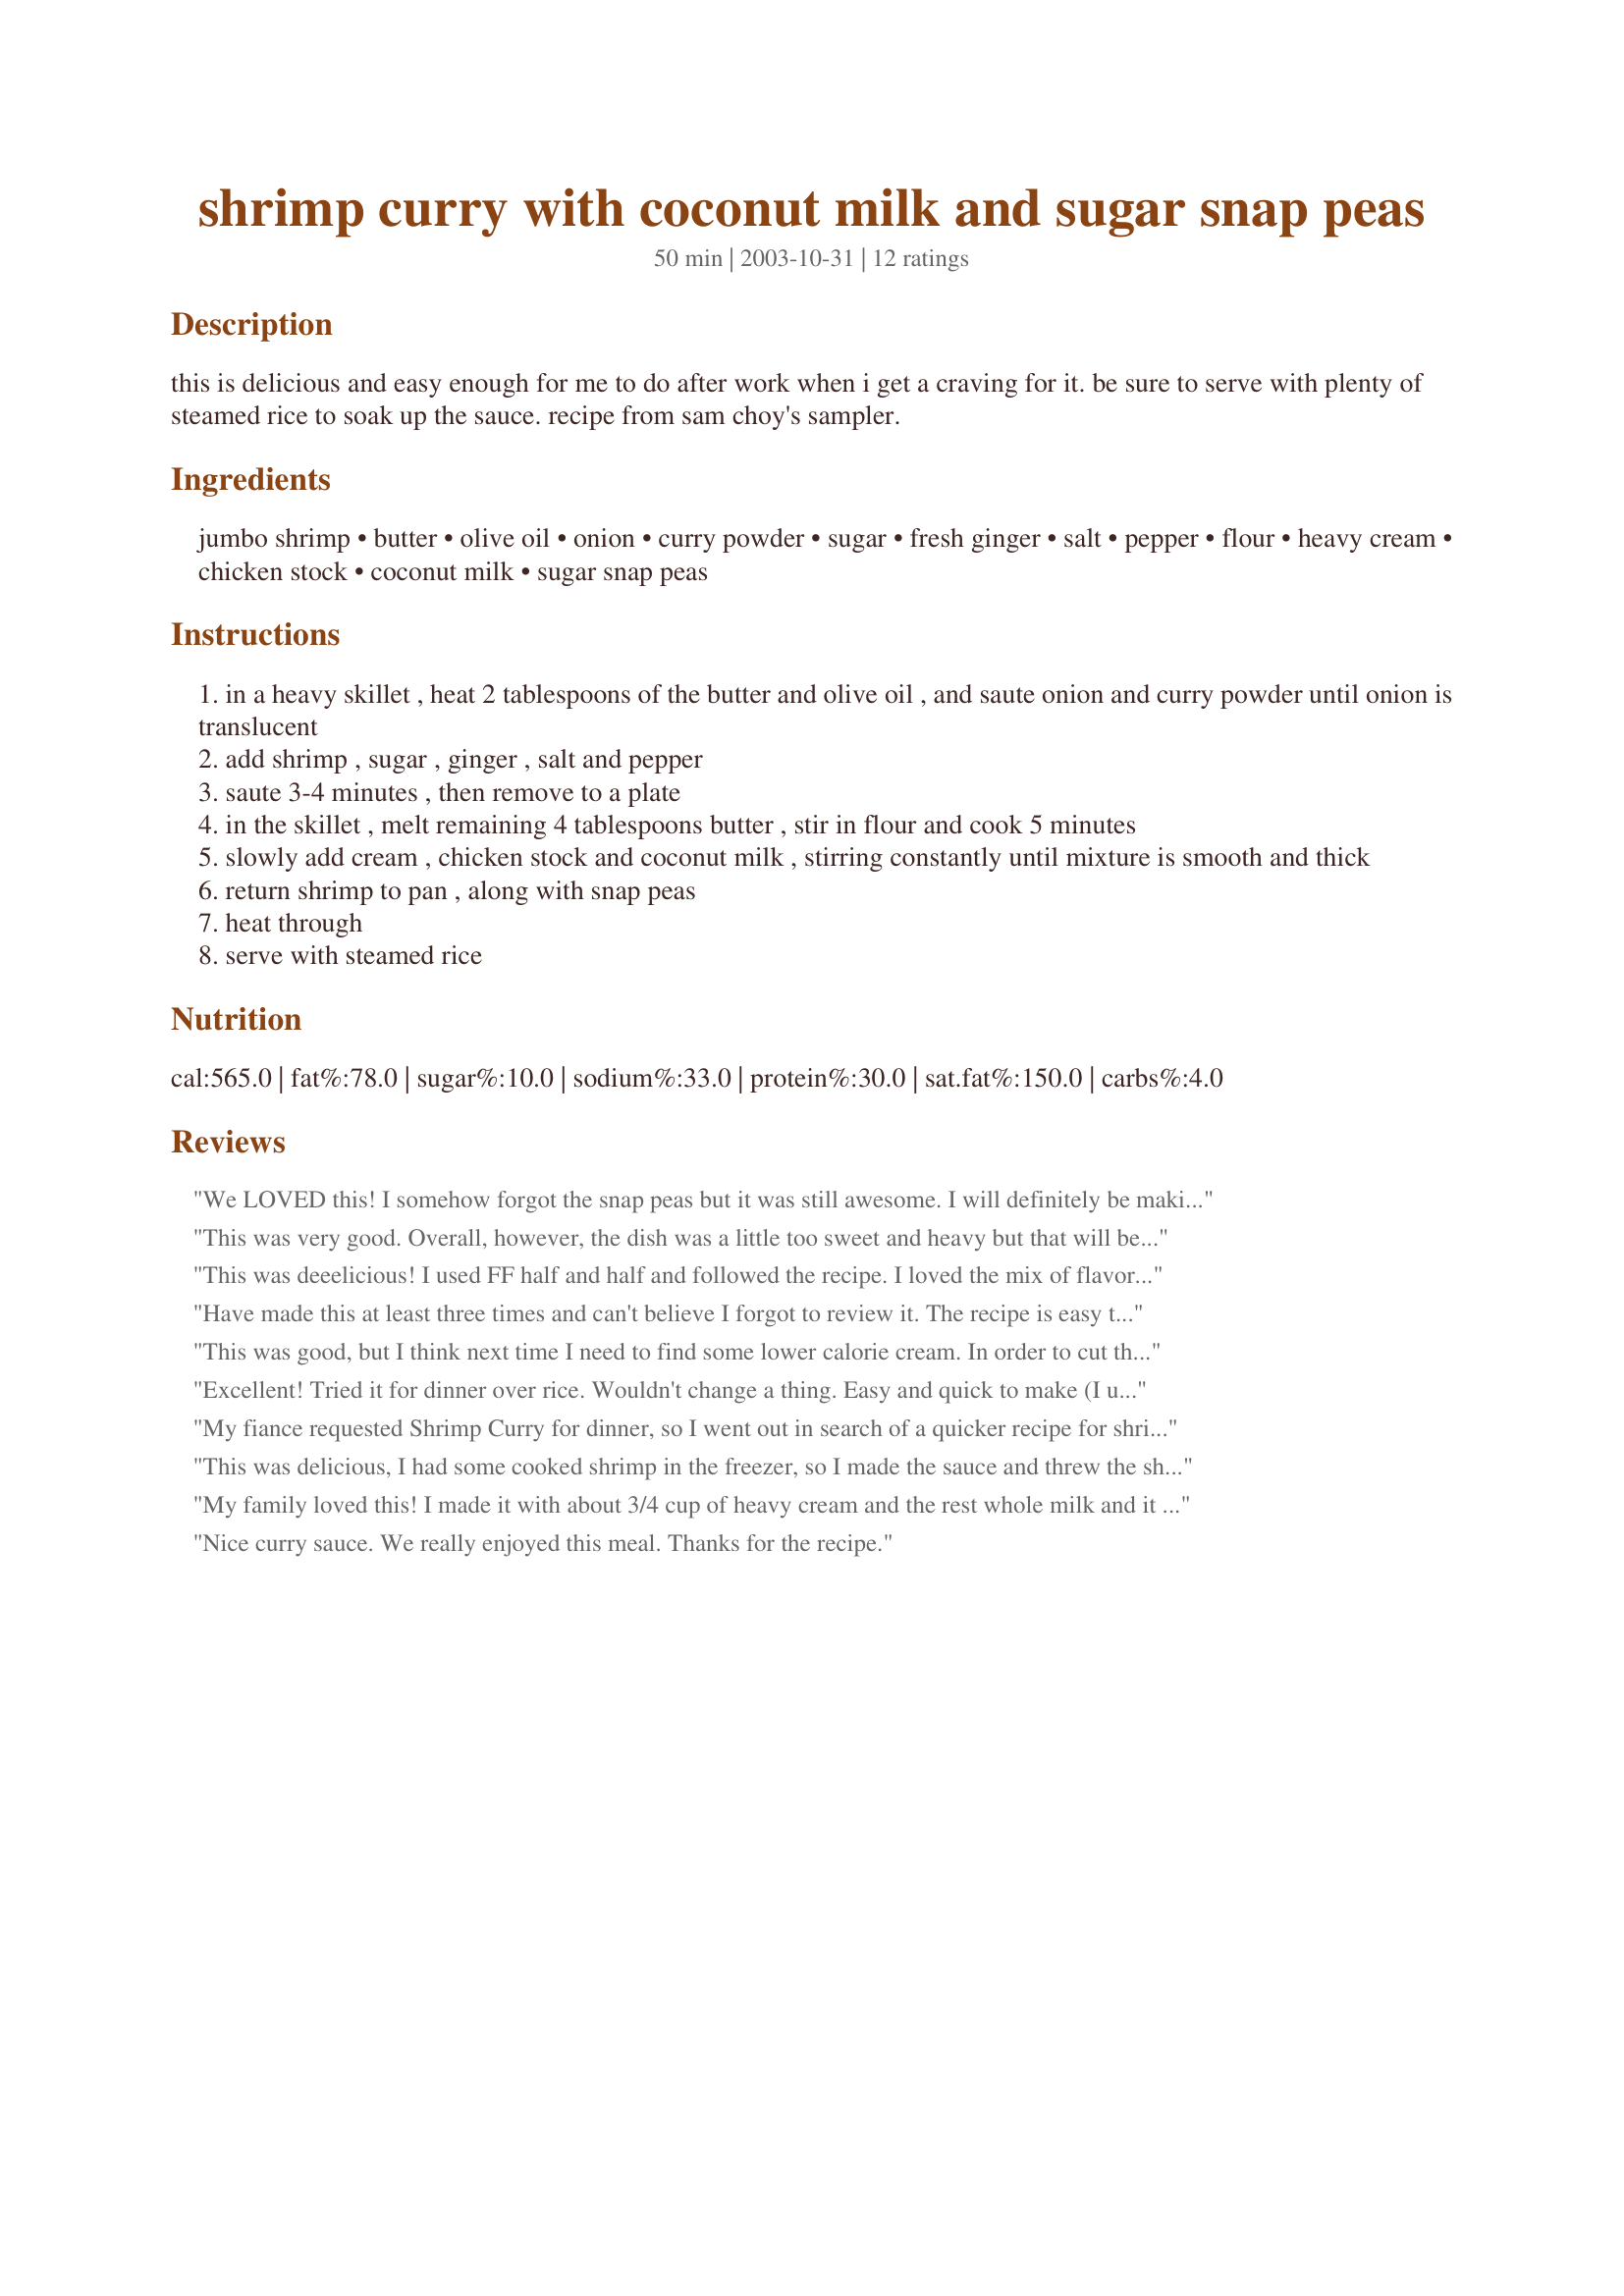
shrimp curry with coconut milk and sugar snap peas
Preparation time: 50 minutes

this is delicious and easy enough for me to do after work when i get a craving for it. be sure to serve with plenty of steamed rice to soak up the sauce. recipe from sam choy's sampler.

Ingredients:
jumbo shrimp, butter, olive oil, onion, curry powder, sugar, fresh ginger, salt, pepper, flour, heavy cream, chicken stock, coconut milk, sugar snap peas

Steps:
in a heavy skillet , heat 2 tablespoons of the butter and olive oil , and saute onion and curry powder until onion is translucent
add shrimp , sugar , ginger , salt and pepper
saute 3-4 minutes , then remove to a plate
in the skillet , melt remaining 4 tablespoons butter , stir in flour and cook 5 minutes
slowly add cream , chicken stock and coconut milk , stirring constantly until mixture is smooth and thick
return shrimp to pan , along with snap peas
heat through
serve with steamed rice

Reviews:
We LOVED this! I somehow forgot the snap peas but it was still awesome. I will definitely be making this again and again. Thanks for sharing this keeper!
This was very good. Overall, however, the dish was a little too sweet and heavy but that will be easy to remedy. Next time - and there will be a next time - I will cut back on the cream and use light coconut milk. Thanks for posting!
This was deeelicious! I used FF half and half and followed the recipe. I loved the mix of flavors and will be putting this into my favorites. This is a repeat recipe for me and I will make it when company comes! Thanks!
Have made this at least three times and can't believe I forgot to review it. The recipe is easy to follow, the cooking aroma is wonderful and it tastes devine! As long as you use a curry powder you like, you can't go wrong with this one. In fact, I think I'll make it again this weekend as I am now craving it. Thanks for a great recipe!
This was good, but I think next time I need to find some lower calorie cream. In order to cut the calories, I used less olive oil and butter for sauteeing, which was fine, I increased the chicken stock to 1 1/2 cups, used 1% milk instead of cream and cut it to 1 cup, then used 1 cup of coconut water instead of coconut milk (mainly because I was in too much of a hurry to make the milk...) It was really good, but next time, I'm going to add a bit more curry powder and some more salt, in addition to using some cream...
Excellent! Tried it for dinner over rice. Wouldn't change a thing. Easy and quick to make (I used cooked shrimp - it's all I had on hand). Will definitely put it on our family favourites list. Thanks for a great recipe.
My fiance requested Shrimp Curry for dinner, so I went out in search of a quicker recipe for shrimp curry. Through my time here at zaar, Ive noticed that you(heyjude) and I have similar tastes, so when I found your recipe, I was very excited to try it! My apartment smelled so wonderful while making this!!! I must admit I used a bit more curry, but that is just to our tastes. As chia said, the sauce is wonderful. I served this with coconut rice w/ parsley. Unfortunately I didnt have any snap peas, so I had to make it without, but that made no difference Im sure!!!!
This was delicious, I had some cooked shrimp in the freezer, so I made the sauce and threw the shrimp in for the last 5 mins cooking time.I also threw in a handful of frozen peas at the same time.Thanks for a great recipe
My family loved this! I made it with about 3/4 cup of heavy cream and the rest whole milk and it was still very rich - almost too rich for me but the little one and DH Loved it. Next time I will definitely cut out the cream and just use whole milk. I also used a sweet curry and increased it to 1 1/2 Tbs and next time I will use a hot curry to add a nice heat to the dish. Really comforting and easy to put together - especially if you remember to blanch the peas and peel the shrimp first as I forgot! Use the best sweetest peas you can find for this dish. Thanks for the keeper, Hey Jude!
Nice curry sauce. We really enjoyed this meal. Thanks for the recipe.
i used sea scallops too, 12 large ones. this was great, i loved the sauce! we served this over jasmine rice, great quick dinner
This recipe is absolutely fabulous!!! The only thing I did different is I used low fat coconut milk and cream. Thanks for the recipe!!!
